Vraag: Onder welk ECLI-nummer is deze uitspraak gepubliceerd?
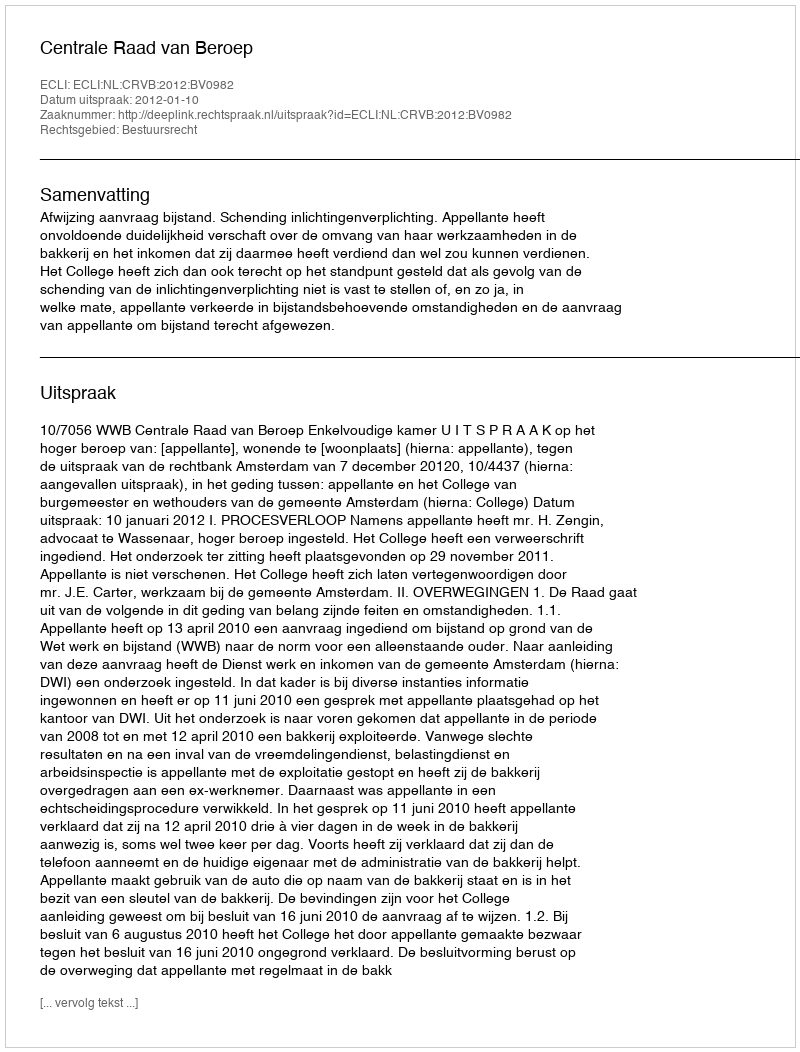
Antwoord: ECLI:NL:CRVB:2012:BV0982